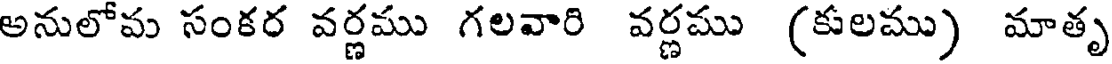
అనులోవు సంకర వర్ణము గలవారి వర్ణము (కులము) మాతృ